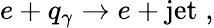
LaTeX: e+q_{\gamma}\rightarrow e+\mathrm{jet}\; ,